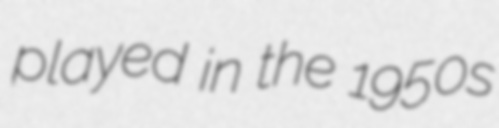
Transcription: played in the 1950s